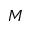
M